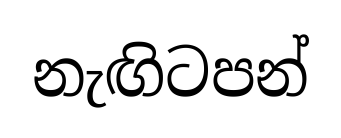
නැඟිටපන්